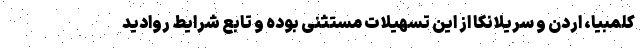
کلمبیا، اردن و سریلانکا از این تسهیلات مستثنی بوده و تابع شرایط روادید